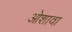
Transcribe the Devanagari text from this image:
ओशावा